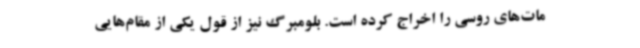
مات‌های روسی را اخراج کرده است. بلومبرگ نیز از قول یکی از مقام‌هایی